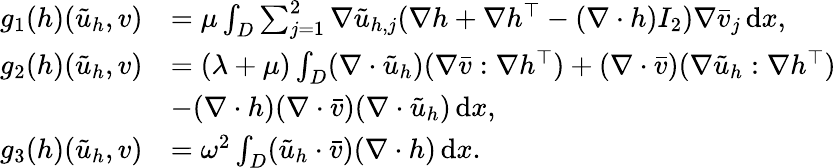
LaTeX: \begin{array}{rl}{g_{1}(h)(\tilde{u}_{h},v)}&{=\mu\int_{D}\sum_{j=1}^{2}\nabla\tilde{u}_{h,j}(\nabla h+\nabla h^{\top}-(\nabla\cdot h)I_{2})\nabla\bar{v}_{j}\, \mathrm{d}x,}\\ {g_{2}(h)(\tilde{u}_{h},v)}&{=(\lambda+\mu)\int_{D}(\nabla\cdot\tilde{u}_{h})(\nabla\bar{v}:\nabla h^{\top})+(\nabla\cdot\bar{v})(\nabla\tilde{u}_{h}:\nabla h^{\top})}\\ &{-(\nabla\cdot h)(\nabla\cdot\bar{v})(\nabla\cdot\tilde{u}_{h})\, \mathrm{d}x,}\\ {g_{3}(h)(\tilde{u}_{h},v)}&{=\omega^{2}\int_{D}(\tilde{u}_{h}\cdot\bar{v})(\nabla\cdot h)\, \mathrm{d}x.}\end{array}